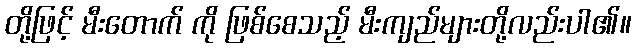
တို့ဖြင့် မီးတောက် ကို ဖြစ်စေသည့် မီးကျည်များတို့လည်းပါ၏။